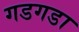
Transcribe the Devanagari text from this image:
गडगडा